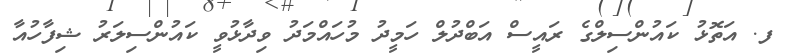
ފ. އަތޮޅު ކައުންސިލްގެ ރައީސް އަބްދުލް ހަމީދު މުހައްމަދު ވިދާޅުވީ ކައުންސިލަރު ޝިފާހުއާ